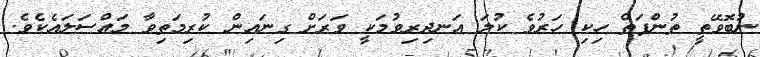
ނުބޮވޭތީ ތުންފަތް ހިކި ހަރުވެ ކުލަ އަނދިރިވުމަކީ ވަރަށް ގިނައިން ކުރިމަތިވާ މައްސަލައެކެވެ.